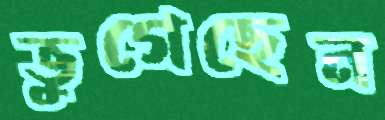
ভুগেছেন